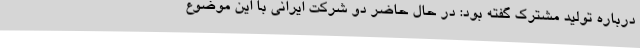
درباره تولید مشترک گفته بود: در حال حاضر دو شرکت ایرانی با این موضوع